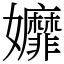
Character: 孊